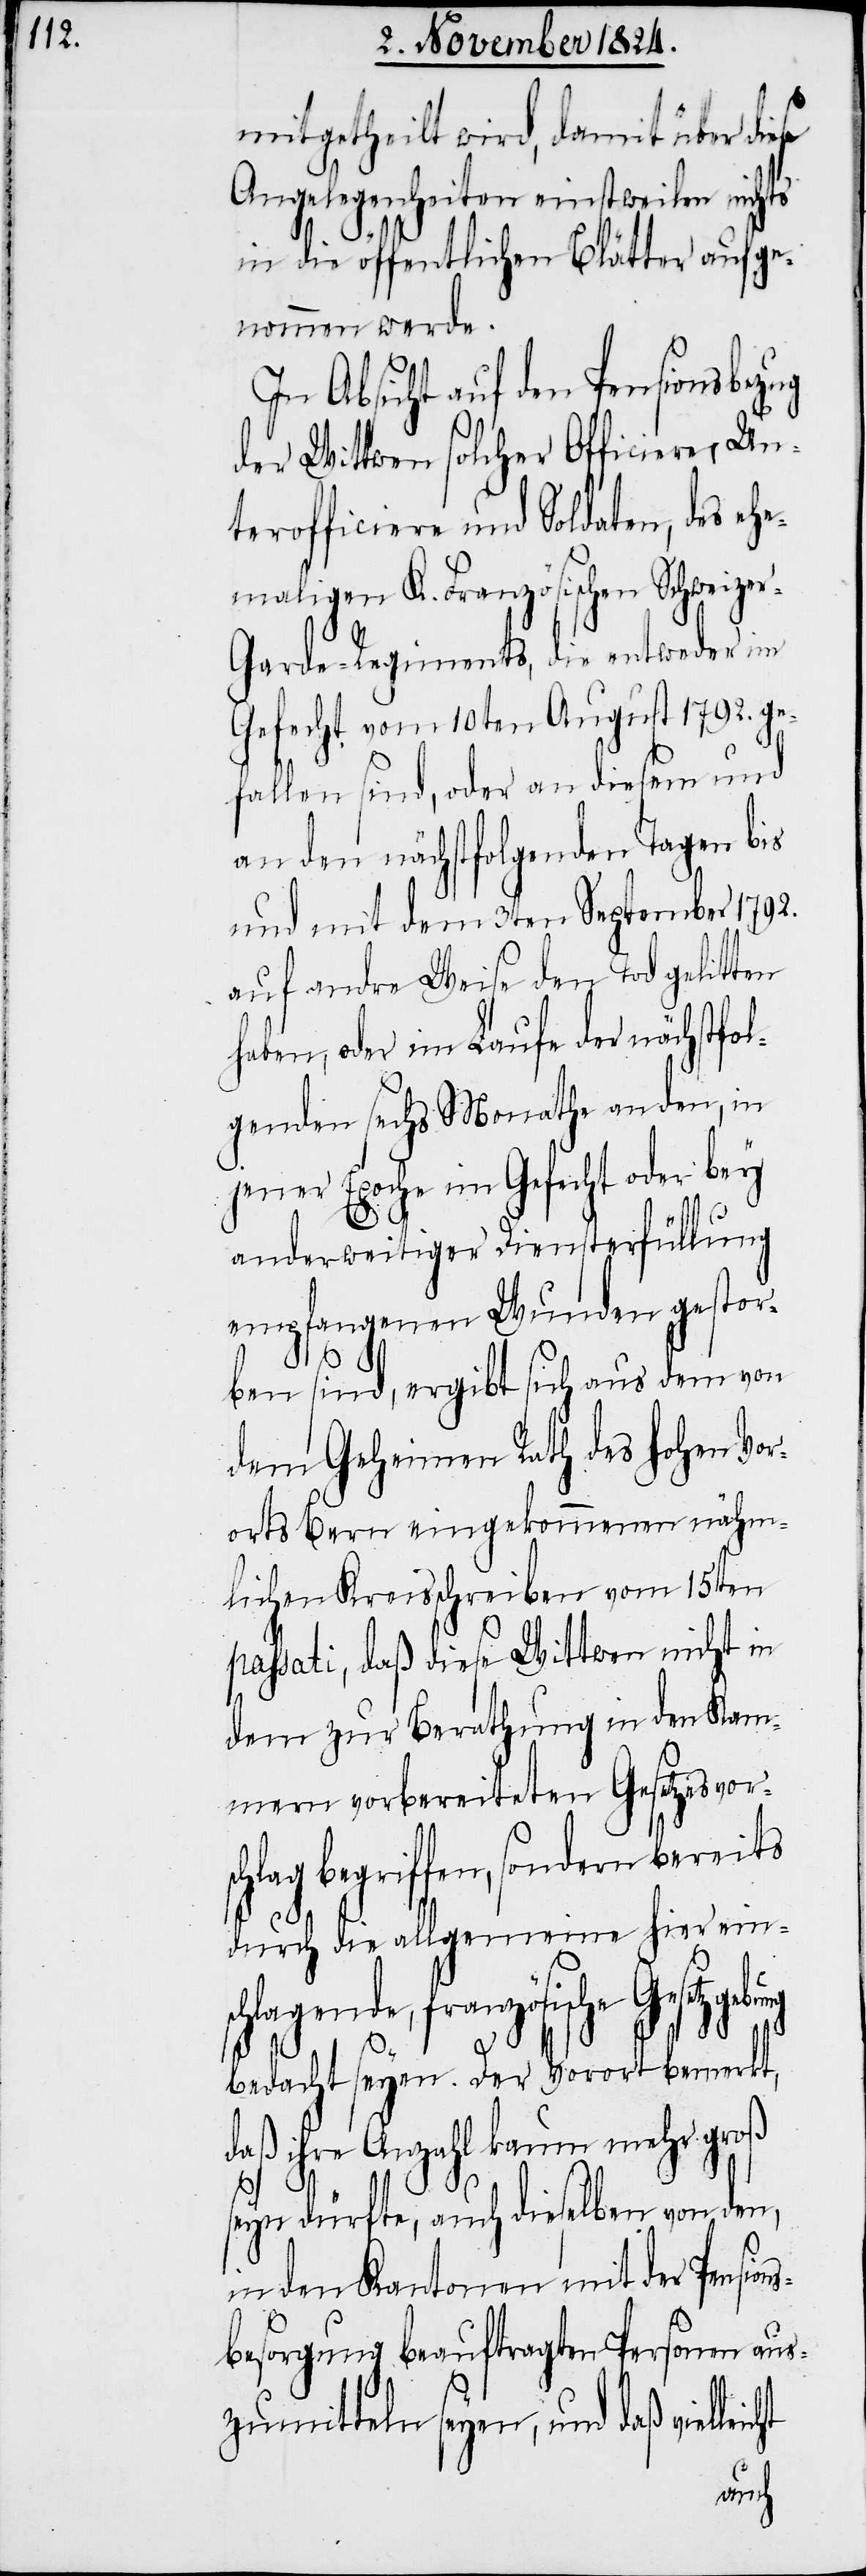
mitgetheilt wird, damit über diese
Angelegenheiten einstweilen nichts
in die öffentlichen Blätter aufge¬
nommen werde.
In Absicht auf den Pensionsbezug
der Wittwen solcher Officiere, Un¬
terofficiere und Soldaten, des eh¬
emaligen K. Französischen Schweize¬
r-Garde-Regiments, die entweder im
Gefecht vom 10ten August 1792. ge¬
fallen sind, oder an diesem und
an den nächstfolgenden Tagen bis
und mit dem 3ten September 1792.
auf andere Weise den Tod gelitten
haben, oder im Laufe der nächstfol¬
genden sechs Monate an den, in
jener Epoche im Gefecht oder bey
anderweitiger Diensterfüllung
empfangenen Wunden gestor¬
ben sind, ergibt sich aus dem von
dem Geheimen Rath des hohen Vor¬
orts Bern eingekommenen nähml¬
passati, daß diese Wittwen nicht in
dem zur Berathung in den Kam¬
mern vorbereiteten Gesetzesvor¬
schlagende,
durch die allgemeine hier ein¬
französische Gesetzg¬
bedacht seyen. Der Vorort bemerkt,
daß ihre Anzahl kaum mehr groß
seyn dürfte, auch dieselben von den,
in den Kantonen mit der Pension¬
sbesorgung beauftragten Personen aus¬
zumitteln seyen, und daß viel¬
leicht